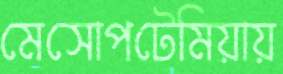
মেসোপটেমিয়ায়